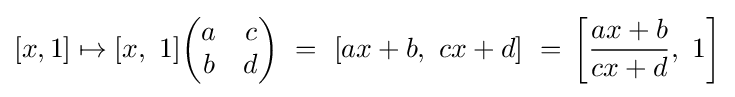
[x,1]\mapsto [x,\ 1]{\begin{pmatrix}a&c\\b&d\end{pmatrix}}\ =\ [ax+b,\ cx+d]\ =\,\left[{\frac {ax+b}{cx+d}},\ 1\right]